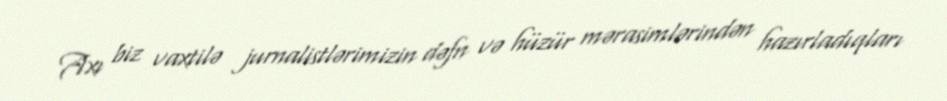
Axı biz vaxtilə jurnalistlərimizin dəfn və hüzür mərasimlərindən hazırladıqları